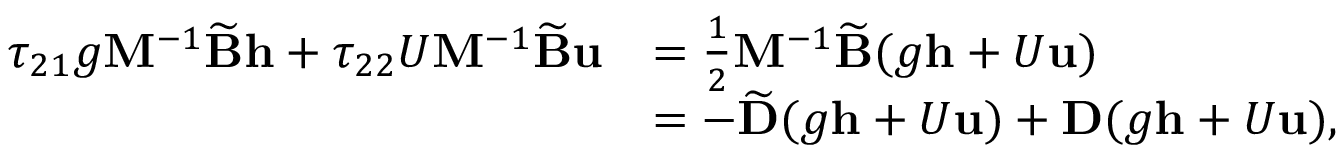
\begin{array} { r l } { \tau _ { 2 1 } g \mathbf { M } ^ { - 1 } \widetilde { \mathbf { B } } \mathbf { h } + \tau _ { 2 2 } U \mathbf { M } ^ { - 1 } \widetilde { \mathbf { B } } \mathbf { u } } & { = \frac { 1 } { 2 } \mathbf { M } ^ { - 1 } \widetilde { \mathbf { B } } ( g \mathbf { h } + U \mathbf { u } ) } \\ & { = - \widetilde { \mathbf { D } } ( g \mathbf { h } + U \mathbf { u } ) + \mathbf { D } ( g \mathbf { h } + U \mathbf { u } ) , } \end{array}